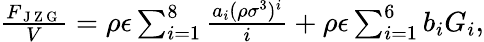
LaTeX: \begin{array}{r}{\frac{F_{\mathrm{~J~Z~G~}}}{V}=\rho\epsilon\sum_{i=1}^{8}\frac{a_{i}(\rho\sigma^{3})^{i}}{i}+\rho\epsilon\sum_{i=1}^{6}b_{i}G_{i},}\end{array}